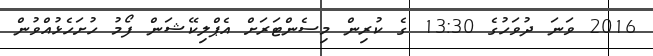
2016 ވަނަ ދުވަހުގެ 13:30 ގެ ކުރިން މިސެންޓަރަށް އެޕްލިކޭޝަން ފޯމު ހުށަހެޅުއްވުން